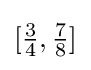
[{\tfrac {3}{4}},{\tfrac {7}{8}}]